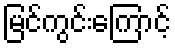
မြင်ကွင်းကြောင့်